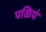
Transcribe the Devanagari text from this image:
पळिये